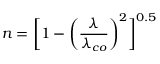
n = \bigg [ 1 - \bigg ( \frac { \lambda } { \lambda _ { c o } } \bigg ) ^ { 2 } \bigg ] ^ { 0 . 5 }